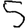
Digit: 5